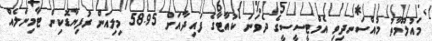
މައުލޫމާތު މުއްސަނދިވި އެމްޓީސީސީގެ ދެވަނަ ކުއާޓާގެ ފައިދާއަށް 58.95 މިލިއަން ރުފިޔާޑޮކިން ޓާމިނަލެއް